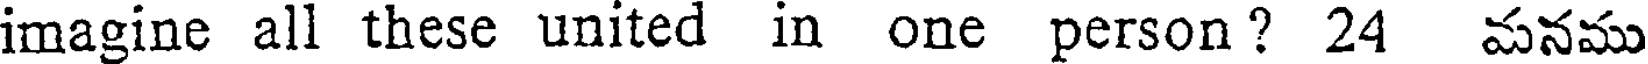
imagine all these united in one person? 24 మనము